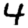
Digit: 4